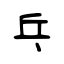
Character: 乓